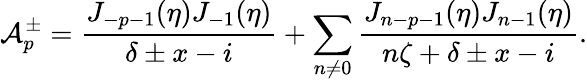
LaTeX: \mathcal{A}_{p}^{\pm}=\frac{J_{-p-1}(\eta)J_{-1}(\eta)}{\delta\pm x-i}+\sum_{n\neq 0}\frac{J_{n-p-1}(\eta)J_{n-1}(\eta)}{n\zeta+\delta\pm x-i}.